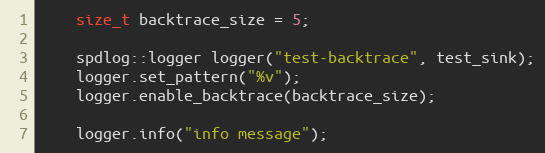
Language: C++
    size_t backtrace_size = 5;

    spdlog::logger logger("test-backtrace", test_sink);
    logger.set_pattern("%v");
    logger.enable_backtrace(backtrace_size);

    logger.info("info message");